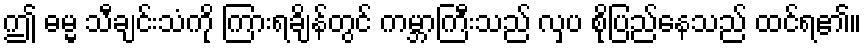
ဤ ဓမ္မ သီချင်းသံကို ကြားရချိန်တွင် ကမ္ဘာကြီးသည် လှပ စိုပြည်နေသည် ထင်ရ၏။